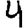
Digit: 4